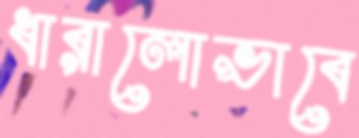
ধারালোভাবে